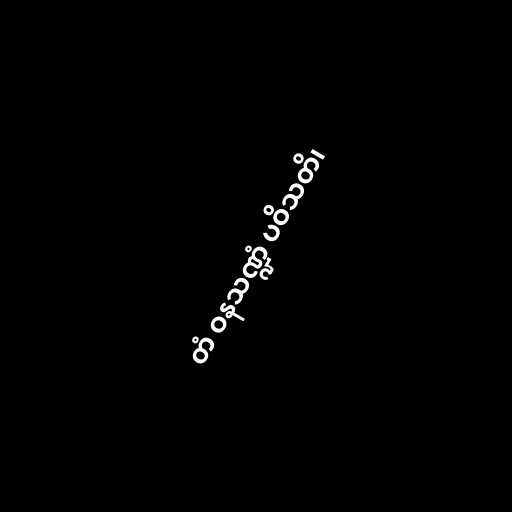
တံ ဝနသဏ္ဍံ ပဝိသတိ၊